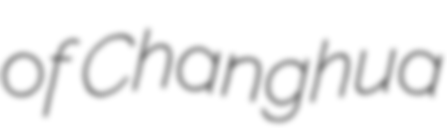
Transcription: of Changhua